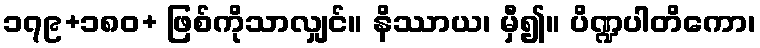
၁၇၉+၁၈၀+ ဖြစ်ကိုသာလျှင်။ နိဿာယ၊ မှီ၍။ ပိဏ္ဍပါတိကော၊